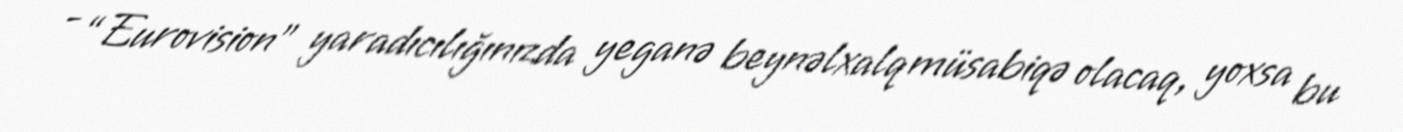
- “Eurovision” yaradıcılığınızda yeganə beynəlxalq müsabiqə olacaq, yoxsa bu